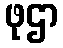
ဖုဌာ